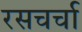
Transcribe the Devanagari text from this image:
रसचर्चा